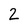
Character: 2